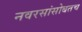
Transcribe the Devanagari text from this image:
नवरसांसोबतच